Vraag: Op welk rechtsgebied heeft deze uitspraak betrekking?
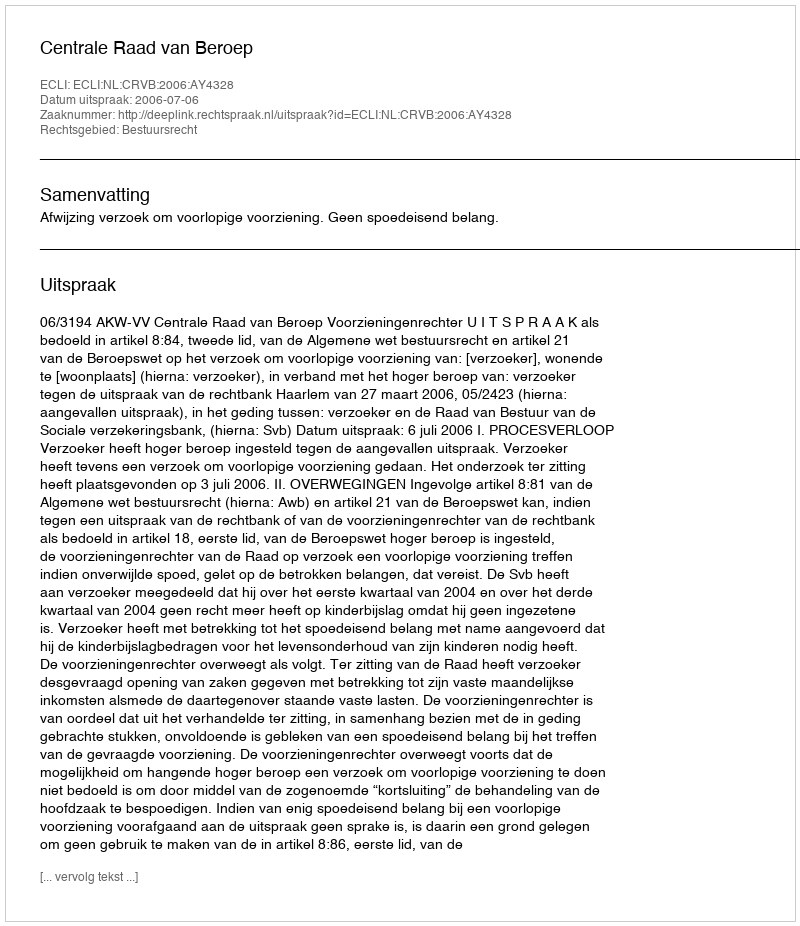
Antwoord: Bestuursrecht